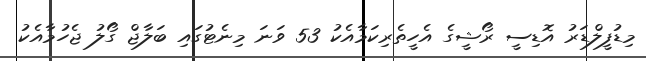
މިޑުފީލްޑަރު އޮޑިސީ ރޯޝީގެ އެހީތެރިކަމާއެކު 53 ވަނަ މިނެޓުގައި ބަލާޖް ގޯލު ޖެހުމާއެކު